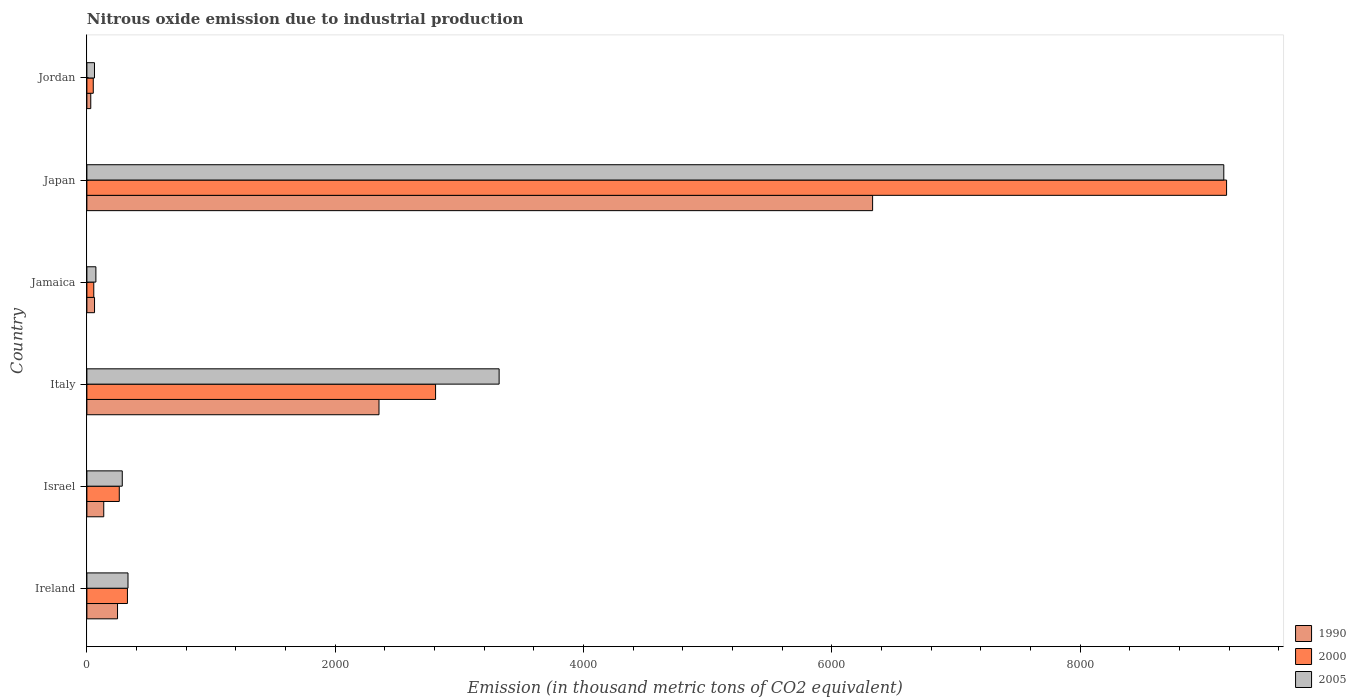
| Country | 1990 | 2000 | 2005 |
 | --- | --- | --- | --- |
 | Ireland | 247 | 327 | 331 |
 | Israel | 136 | 261 | 285 |
 | Italy | 2.35e+03 | 2.81e+03 | 3.32e+03 |
 | Jamaica | 61.5 | 55.5 | 72.4 |
 | Japan | 6.33e+03 | 9.18e+03 | 9.16e+03 |
 | Jordan | 31.2 | 51.3 | 61.1 |